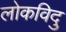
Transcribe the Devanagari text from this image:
लोकविदु